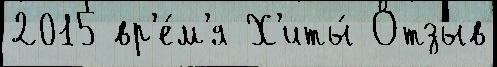
2015 вр'е́м'я Х'иты́ Отзыв